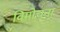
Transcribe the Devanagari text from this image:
विमोचना